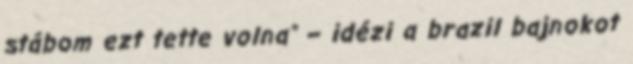
stábom ezt tette volna" – idézi a brazil bajnokot